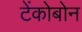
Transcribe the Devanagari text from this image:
टेंकोबोन